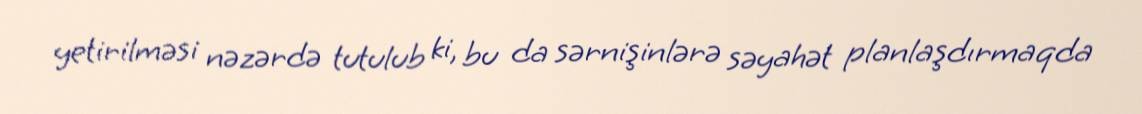
yetirilməsi nəzərdə tutulub ki, bu da sərnişinlərə səyahət planlaşdırmaqda